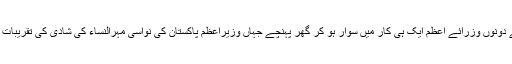
ہیلی پیڈ سے دونوں وزرائے اعظم ایک ہی کار میں سوار ہو کر گھر پہنچے جہاں وزیراعظم پاکستان کی نواسی مہرالنساء کی شادی کی تقریبات ہو رہی ہیں۔